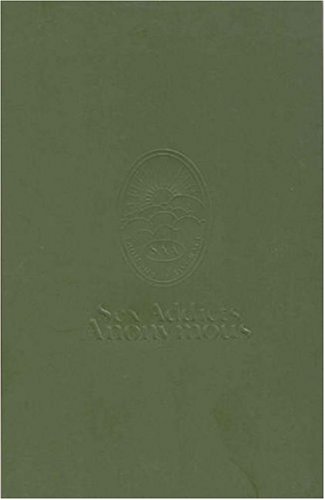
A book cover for Sex Addicts Anonymous; Sex Addicts Anonymous; Self-Help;